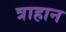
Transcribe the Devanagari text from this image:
त्राहान